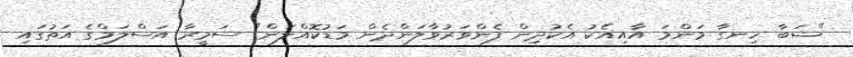
"ޝަބާ ހިނގާ މަންމަ އާއިއެކު އެކުދިން ފެންވަރުވާލަންދެން މަޑުކޮއްލަން" ސަމީރާ އަސްލަމްގެ އަތުގައި